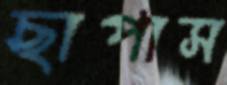
ছাপাস